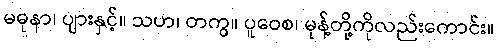
မဓုနာ၊ ပျားနှင့်။ သဟ၊ တကွ။ ပူဝေစ၊ မုန့်တို့ကိုလည်းကောင်း။